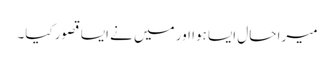
میرا حال ایسا ہوا اور میں نے ایسا قصور کیا۔